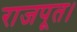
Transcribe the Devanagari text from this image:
राजपूत।